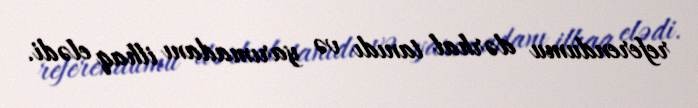
referendumu dərhal tanıdı və yarımadanı ilhaq elədi.